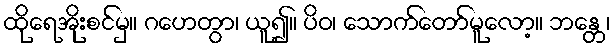
ထိုရေအိုးစင်မှ။ ဂဟေတွာ၊ ယူ၍။ ပိဝ၊ သောက်တော်မူလော့။ ဘန္တေ၊